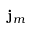
\mathbf { j } _ { m }